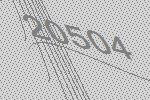
20504